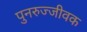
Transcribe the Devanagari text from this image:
पुनरुज्जीवक